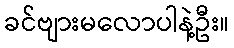
ခင်ဗျားမလောပါနဲ့ဦး။